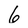
Character: 6